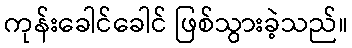
ကုန်းခေါင်ခေါင် ဖြစ်သွားခဲ့သည်။